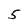
Character: 5